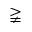
\gneqq